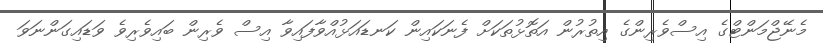
މެނޭޖްމަންޓްގެ އިސްވެރިންގެ އިތުރުން އަތޮޅުތަކަށް ފެނަކައިން ކަނޑައަޅުއްވާފައިވާ އިސް ވެރިން ބައިވެރިވެ ވަޑައިގަންނަވަ